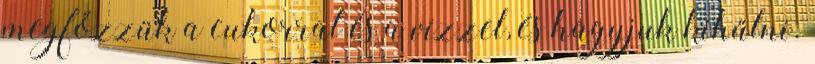
megfőzzük a cukorral és a vízzel, és hagyjuk kihűlni.